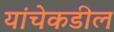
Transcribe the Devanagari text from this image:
यांचेकडील